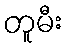
တူမီး